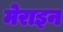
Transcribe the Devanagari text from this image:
मेराइन